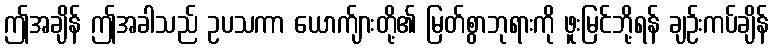
ဤအချိန် ဤအခါသည် ဥပသကာ ယောက်ျားတို့၏ မြတ်စွာဘုရားကို ဖူးမြင်ဘို့ရန် ချဉ်းကပ်ချိန်